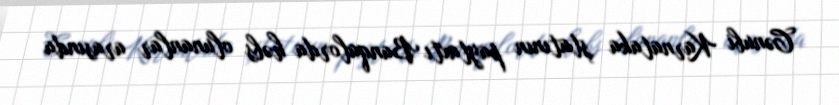
Cənubi Karnataka ştatının paytaxtı Banqalorda həbs olunanlar arasında